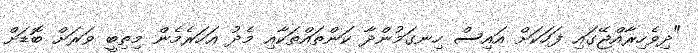
"ދިވެހިރާއްޖޭގައި ފަހަކަށް އައިސް ހިނގަމުންދާ ކަންތައްތަކާއި މެދު އަހަރެމެން މިތިބީ ވަރަށް ބޮޑަށް